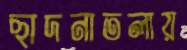
ছাদনাতলায়